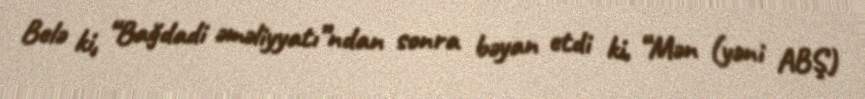
Belə ki, “Bağdadi əməliyyatı”ndan sonra bəyan etdi ki, “Mən (yəni ABŞ)